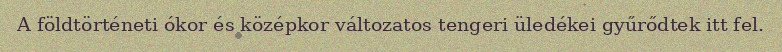
A földtörténeti ókor és középkor változatos tengeri üledékei gyűrődtek itt fel.